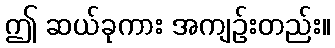
ဤ ဆယ်ခုကား အကျဉ်းတည်း။